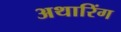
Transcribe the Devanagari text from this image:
अथारिंग